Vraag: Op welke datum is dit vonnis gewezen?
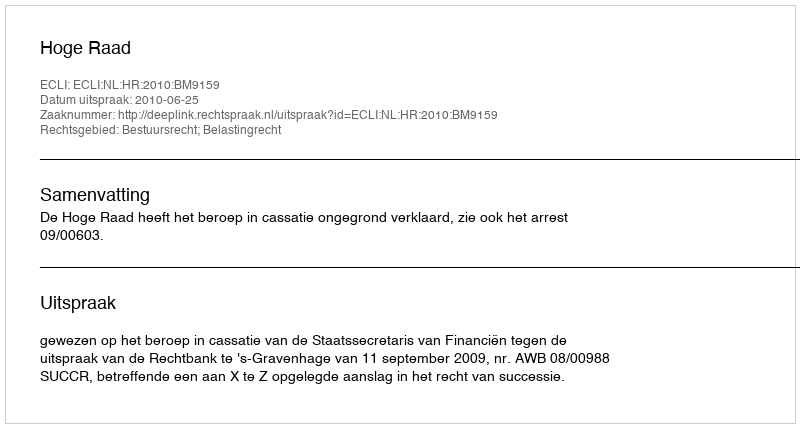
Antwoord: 2010-06-25